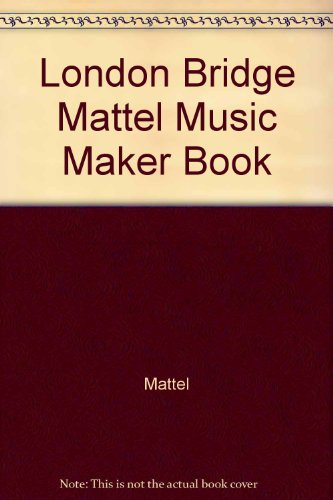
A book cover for London Bridge Mattel Music Maker Book; Mattel; Crafts, Hobbies & Home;